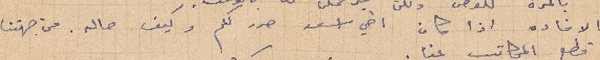
الافاده اذا كان اخي اسعد حرر لكم وكيف حاله. من جهتنا